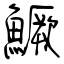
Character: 鱖